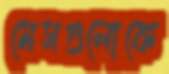
মেসগুলোকে